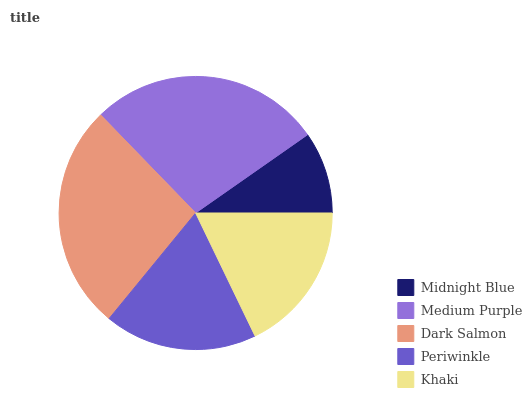
| Midnight Blue | Medium Purple | Dark Salmon | Periwinkle | Khaki |
 | --- | --- | --- | --- | --- |
 | 9.7% | 27.5% | 26.9% | 18.1% | 17.8% |